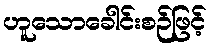
ဟူသောခေါင်းစဉ်ဖြင့်